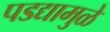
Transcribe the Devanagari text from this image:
पडद्यामुळे